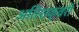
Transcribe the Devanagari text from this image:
अतिशक्वरी